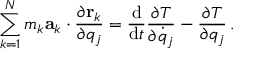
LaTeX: \sum _ { k = 1 } ^ { N } m _ { k } \mathbf { a } _ { k } \cdot { \frac { \partial \mathbf { r } _ { k } } { \partial q _ { j } } } = { \frac { \mathrm { d } } { \mathrm { d } t } } { \frac { \partial T } { \partial { \dot { q } } _ { j } } } - { \frac { \partial T } { \partial q _ { j } } } \, .